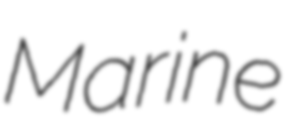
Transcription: Marine